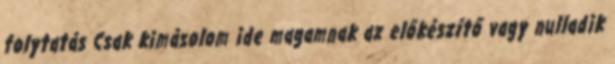
folytatás Csak kimásolom ide magamnak az előkészítő vagy nulladik